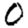
Digit: 0